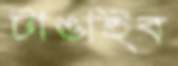
টাঙাইব